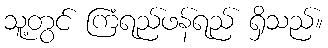
သူ့တွင် ကြံရည်ဖန်ရည် ရှိသည်။